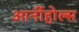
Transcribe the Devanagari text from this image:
आर्नीहोल्स